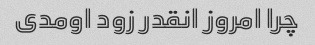
چرا امروز انقدر زود اومدی